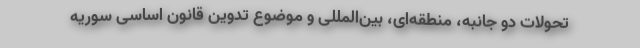
تحولات دو جانبه، منطقه‌ای، بین‌المللی و موضوع تدوین قانون اساسی سوریه